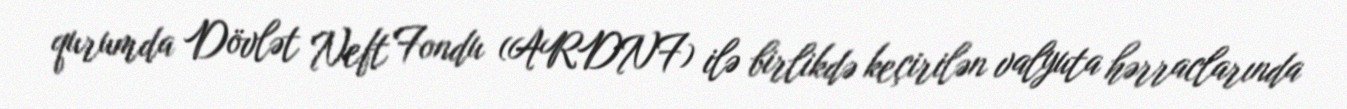
qurumda Dövlət Neft Fondu (ARDNF) ilə birlikdə keçirilən valyuta hərraclarında